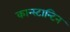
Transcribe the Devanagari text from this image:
कान्स्टान्टिन